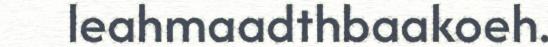
leahmaadthbaakoeh.